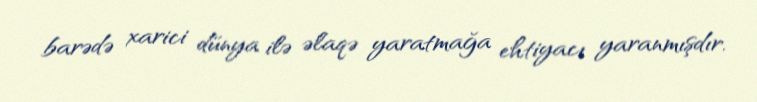
barədə xarici dünya ilə əlaqə yaratmağa ehtiyacı yaranmışdır.